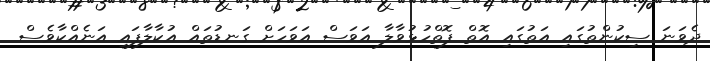
ދެވަނަ ސިކުންތުގައި އަތުގައި އޮތް ފޮތްހުޅުވާލާ އަވަސް އަވަހަށް ގަނޑުތައް އުކާލާފައި އަނެއްކާވެސް